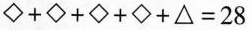
$$◇ + ◇ + ◇ + ◇ + △ = 2 8$$